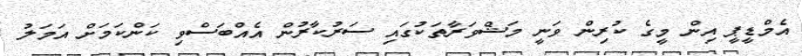
އެމްޑީޕީ އިން މީގެ ކުރިން ވަނީ މަޝްވަރާތަކުގައި ސަރުކާރުން އެއްބަސްވި ކަންކަމަށް އަމަލު